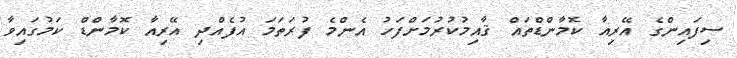
ސިފައިންގެ އޭރިއާ ކޮމާންޑްތައް ޤާއިމުކުރުމަށްފަހު އެންމެ ފުރަތަމަ އުފެއްދި އޭރިއާ ކޮމާންޑް ކަމުގައިވާ